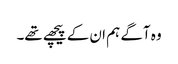
وہ آگے ہم ان کے پیچھے تھے۔